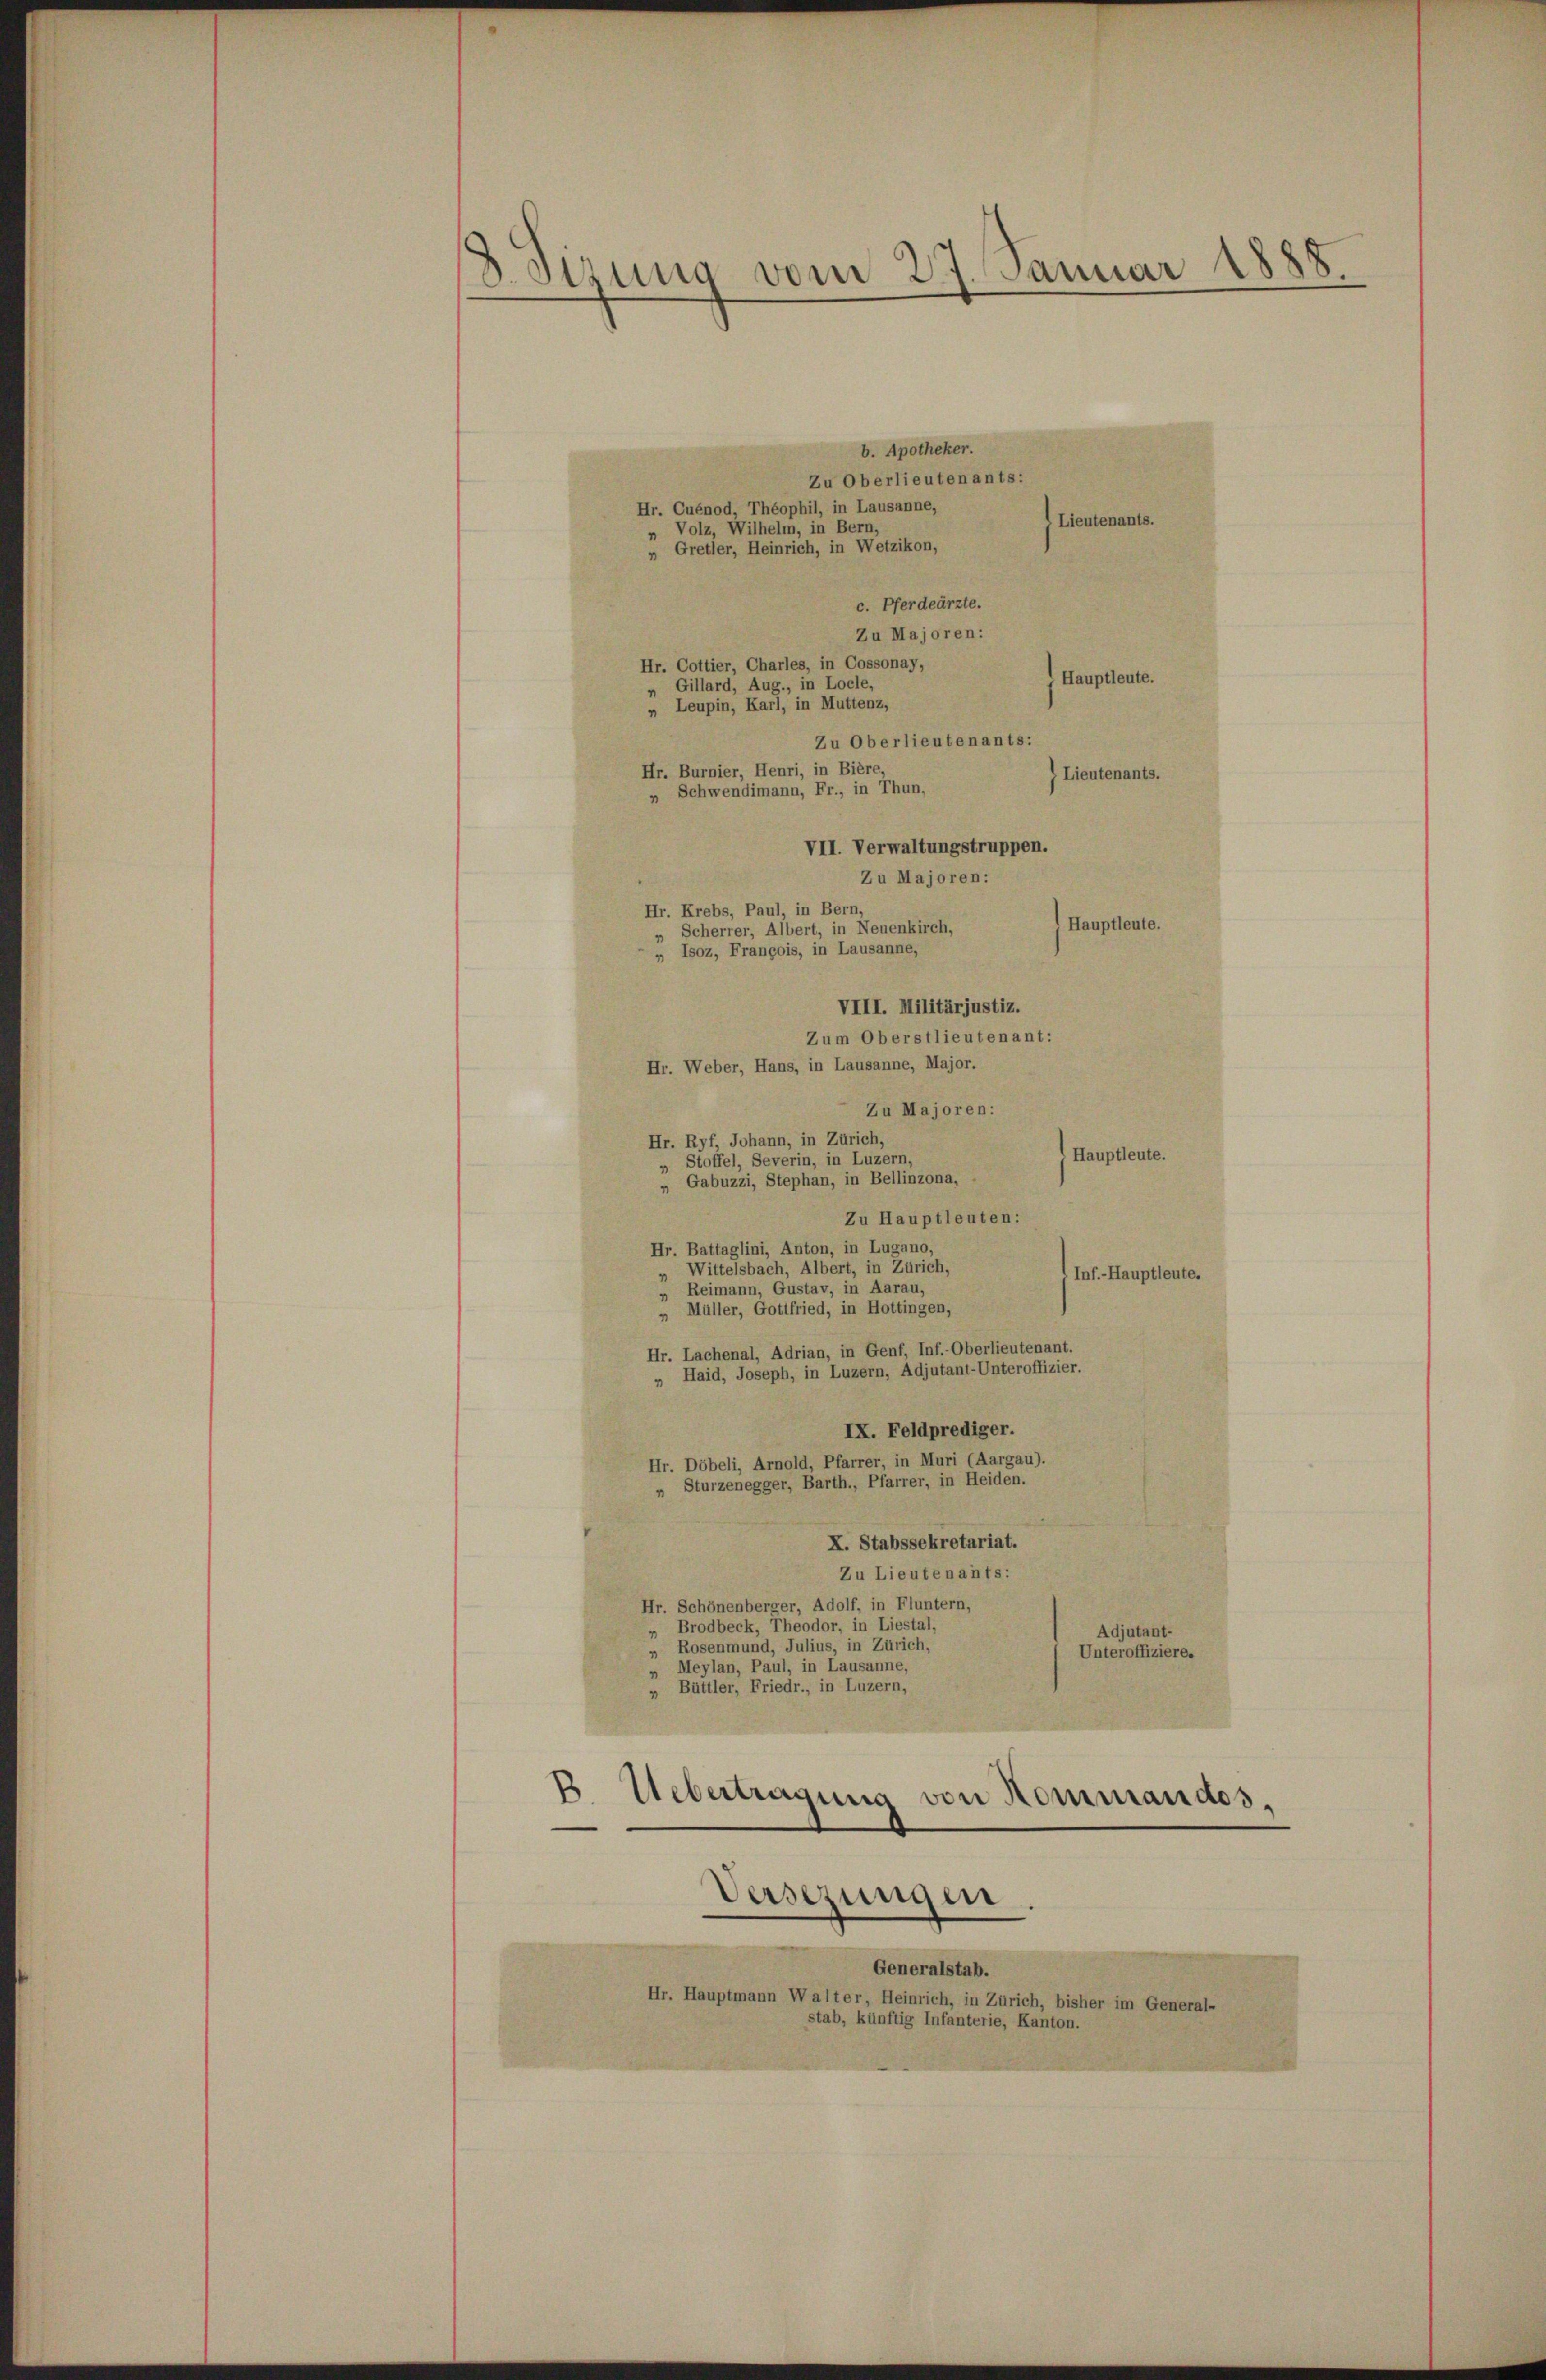
8 drung vom 27. Januar 1888.

b. Apotheker.
Zu Oberlieutenants:
Hr. Cuénod, Théophil, in Lausanne,
Lieutenants.
„ Volz, Wilhelm, in Bern,
„ Gretler, Heinrich, in Wetzikon,
c. Pferdeärzte.
Zu Majoren:
Hr. Cottier, Charles, in Cossonay,
Hauptleute.
Gillard, Aug., in Locle,
„ Leupin, Karl, in Muttenz,
Zu Oberlieutenants:
Hr. Burnier, Henri, in Bière
Lieutenants.
» Schwendimann, Fr., in Thun,
VII. Verwaltungstruppen.
Zu Majoren:
Hr. Krebs, Paul, in Bern,
Hauptleute.
„ Scherrer, Albert, in Neuenkirch,

Zu Majoren:
Hr. Ryf, Johann, in Zürich,
(Hauptleute.
„ Stoffel, Severin, in Luzern,
 Gabuzzi, Stephan, in Bellinzona,
Zu Hauptleuten:
Hr. Battaglini, Anton, in Lugano,
Wittelsbach, Albert, in Zürich,
Inf-Hauptleute.
Reimann, Gustav, in Aarau,
„ Müller, Gottfried, in Hottingen,
Hr. Lachenal, Adrian, in Genf, Inf.-Oberlieutenant.
„ Haid, Joseph, in Luzern, Adjutant-Unteroffizier.
IX. Feldprediger.
Hr. Döbeli, Arnold, Pfarrer, in Muri (Aargau).
„ Sturzenegger, Barth., Pfarrer, in Heiden.
X. Stabssekretariat.
Zu Lieutenants:
Hr. Schönenberger, Adolf, in Fluntern,
„ Brodbeck, Theodor, in Liestal,
Adjutant-
Rosenmund, Julius, in Zürich,
Unteroffiziere.
Meylan, Paul, in Lausanne,
„ Büttler, Friedr., in Luzern,
p. Uebertragung von Kommandos,
Versezungen.
Generalstab.
Hr. Hauptmann Walter, Heinrich, in Zürich, bisher im General-
stab, künftig Infanterie, Kanton.

Zum Oberstlieutenant:
Hr. Weber, Hans, in Lausanne, Major.

„ Isoz, François, in Lausanne,
VIII. Militärjustiz.